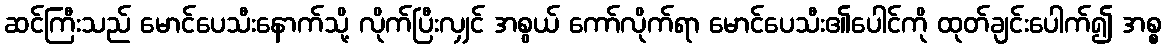
ဆင်ကြီးသည် မောင်ပေသီးနောက်သို့ လိုက်ပြီးလျှင် အစွယ် ကော်လိုက်ရာ မောင်ပေသီး၏ပေါင်ကို ထုတ်ချင်းပေါက်၍ အစ္စ